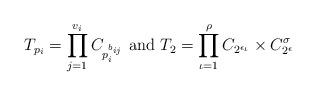
LaTeX: \begin{align*}T_{p_i}=\prod_{j=1}^{v_i} C_{p_i^{b_{ij}}}\ {\rm and}\ T_2=\prod_{\iota=1}^\rho C_{2^{\epsilon_\iota}}\times C_{2^{\epsilon}}^\sigma\end{align*}